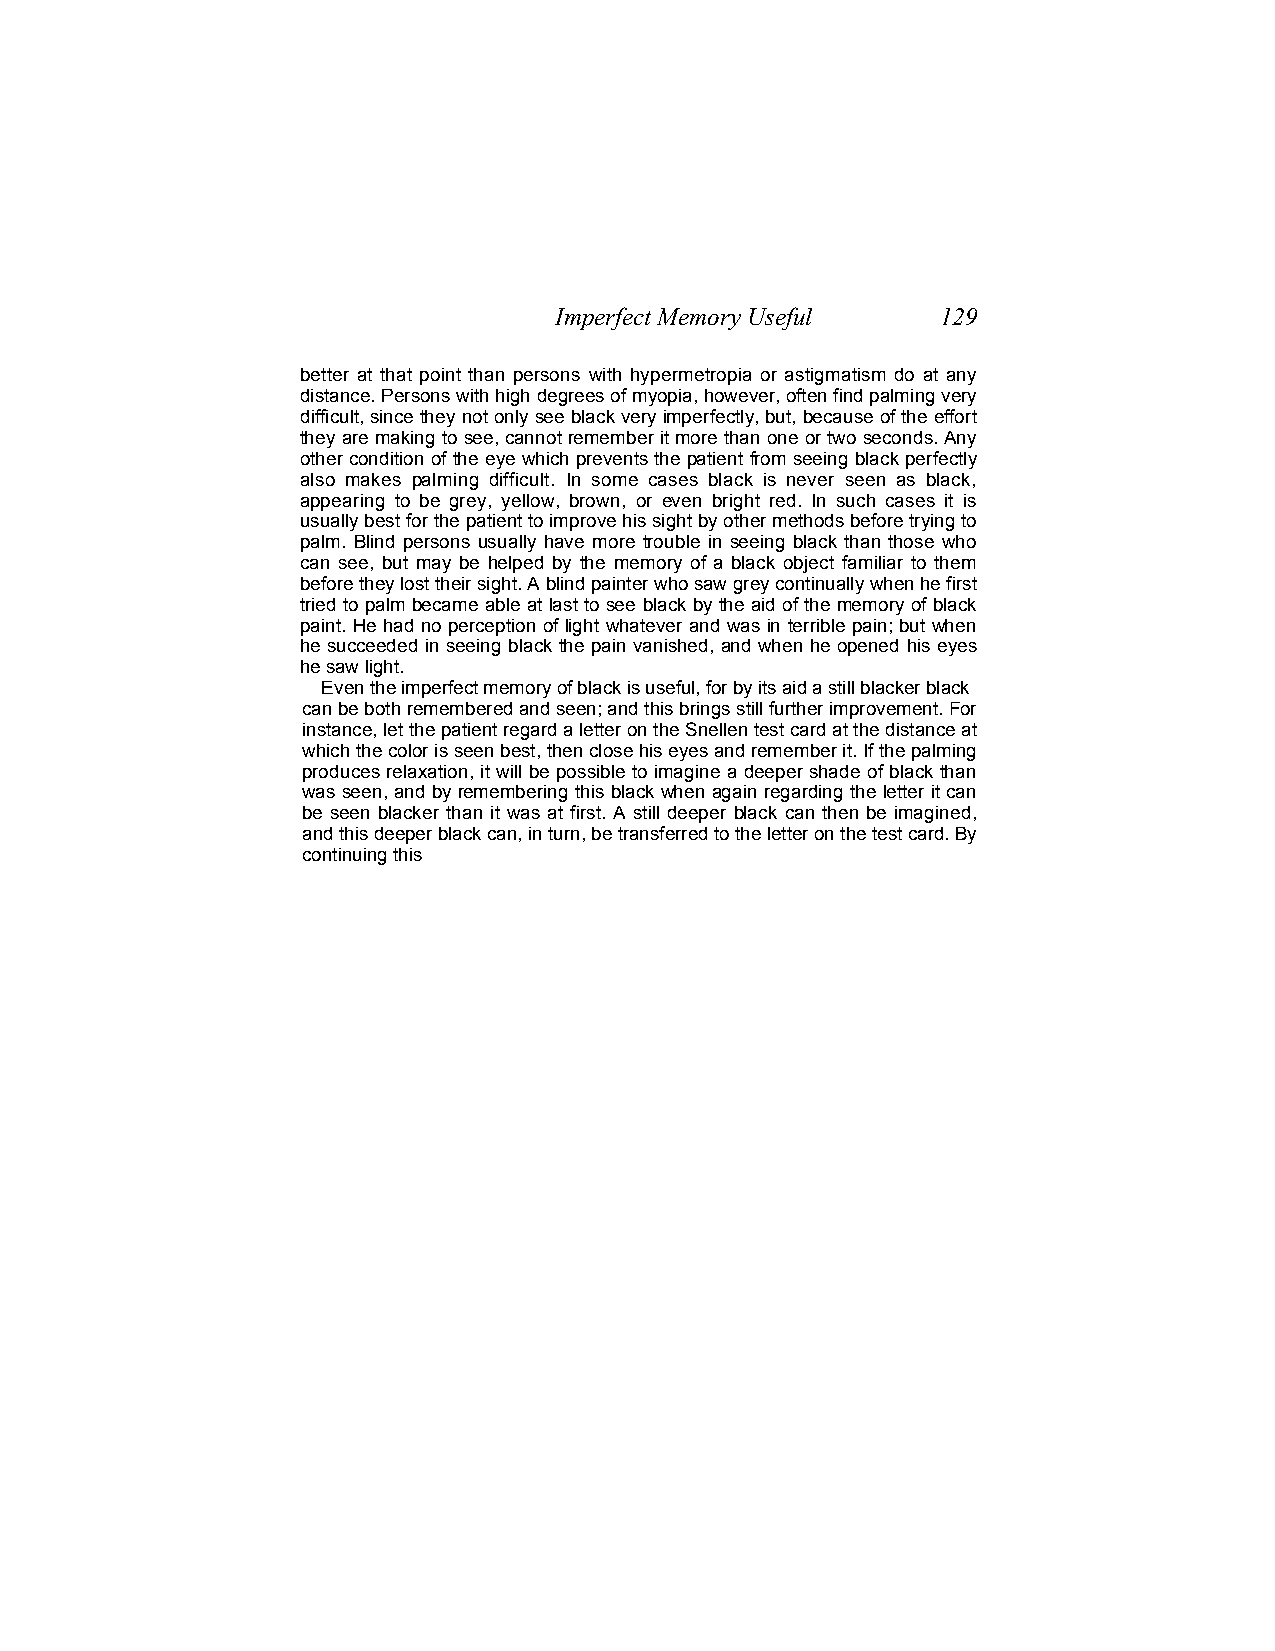
Imperfect Memory Useful  129
 better at that point than persons with hypermetropia or astigmatism do at any
 distance. Persons with high degrees of myopia, however, often find palming very
 difficult, since they not only see black very imperfectly, but, because of the effort
 they are making to see, cannot remember it more than one or two seconds. Any
 other condition of the eye which prevents the patient from seeing black perfectly
 also makes palming difficult. In some cases black is never seen as black,
 appearing to be grey, yellow, brown, or even bright red. In such cases it is
 usually best for the patient to improve his sight by other methods before trying to
 palm. Blind persons usually have more trouble in seeing black than those who
 can see, but may be helped by the memory of a black object familiar to them
 before they lost their sight. A blind painter who saw grey continually when he first
 tried to palm became able at last to see black by the aid of the memory of black
 paint. He had no perception of light whatever and was in terrible pain; but when
 he succeeded in seeing black the pain vanished, and when he opened his eyes
 he saw light.
 Even the imperfect memory of black is useful, for by its aid a still blacker black
 can be both remembered and seen; and this brings still further improvement. For
 instance, let the patient regard a letter on the Snellen test card at the distance at
 which the color is seen best, then close his eyes and remember it. If the palming
 produces relaxation, it will be possible to imagine a deeper shade of black than
 was seen, and by remembering this black when again regarding the letter it can
 be seen blacker than it was at first. A still deeper black can then be imagined,
 and this deeper black can, in turn, be transferred to the letter on the test card. By
 continuing this